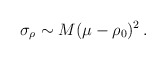
\begin{align*}\sigma _{\rho }\sim M(\mu -\rho _{0})^{2}\,.\end{align*}